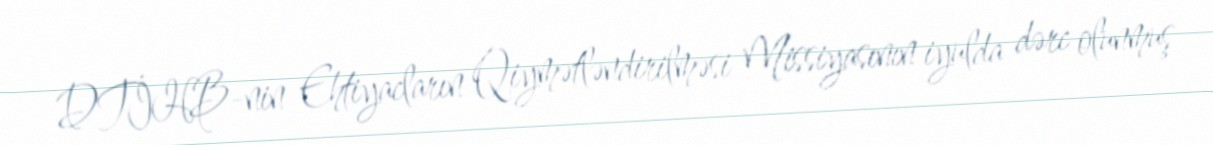
DTİHB-nin Ehtiyacların Qiymətləndirilməsi Missiyasının iyulda dərc olunmuş